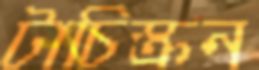
টাচিস্ক্রন